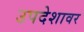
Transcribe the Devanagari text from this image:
उपदेशावर